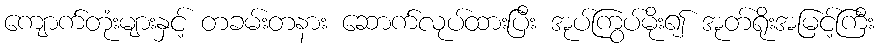
ကျောက်တုံးများနှင့် တခမ်းတနား ဆောက်လုပ်ထားပြီး အုပ်ကြွပ်မိုး၍ အုတ်ရိုးအမြင့်ကြီး